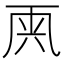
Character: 𠀺